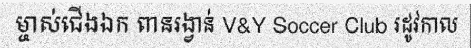
ម្ចាស់ជើងឯក ពានរង្វាន់ V&Y Soccer Club រដូវកាល